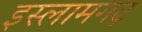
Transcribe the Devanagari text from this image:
इस्लामगढ़